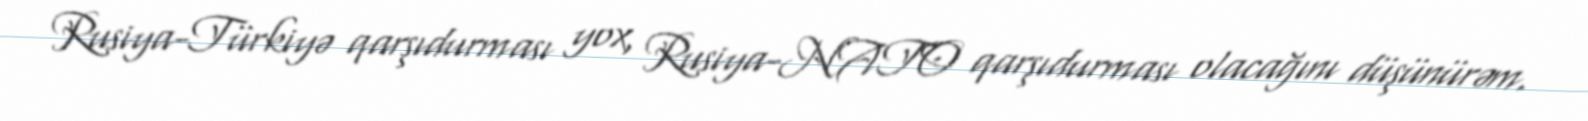
Rusiya-Türkiyə qarşıdurması yox, Rusiya-NATO qarşıdurması olacağını düşünürəm.